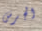
الجرس